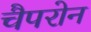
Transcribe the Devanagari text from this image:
चैपरोन